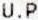
U.P